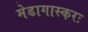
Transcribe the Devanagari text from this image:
मेडागास्करः